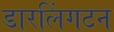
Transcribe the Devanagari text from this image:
डारलिंगटन